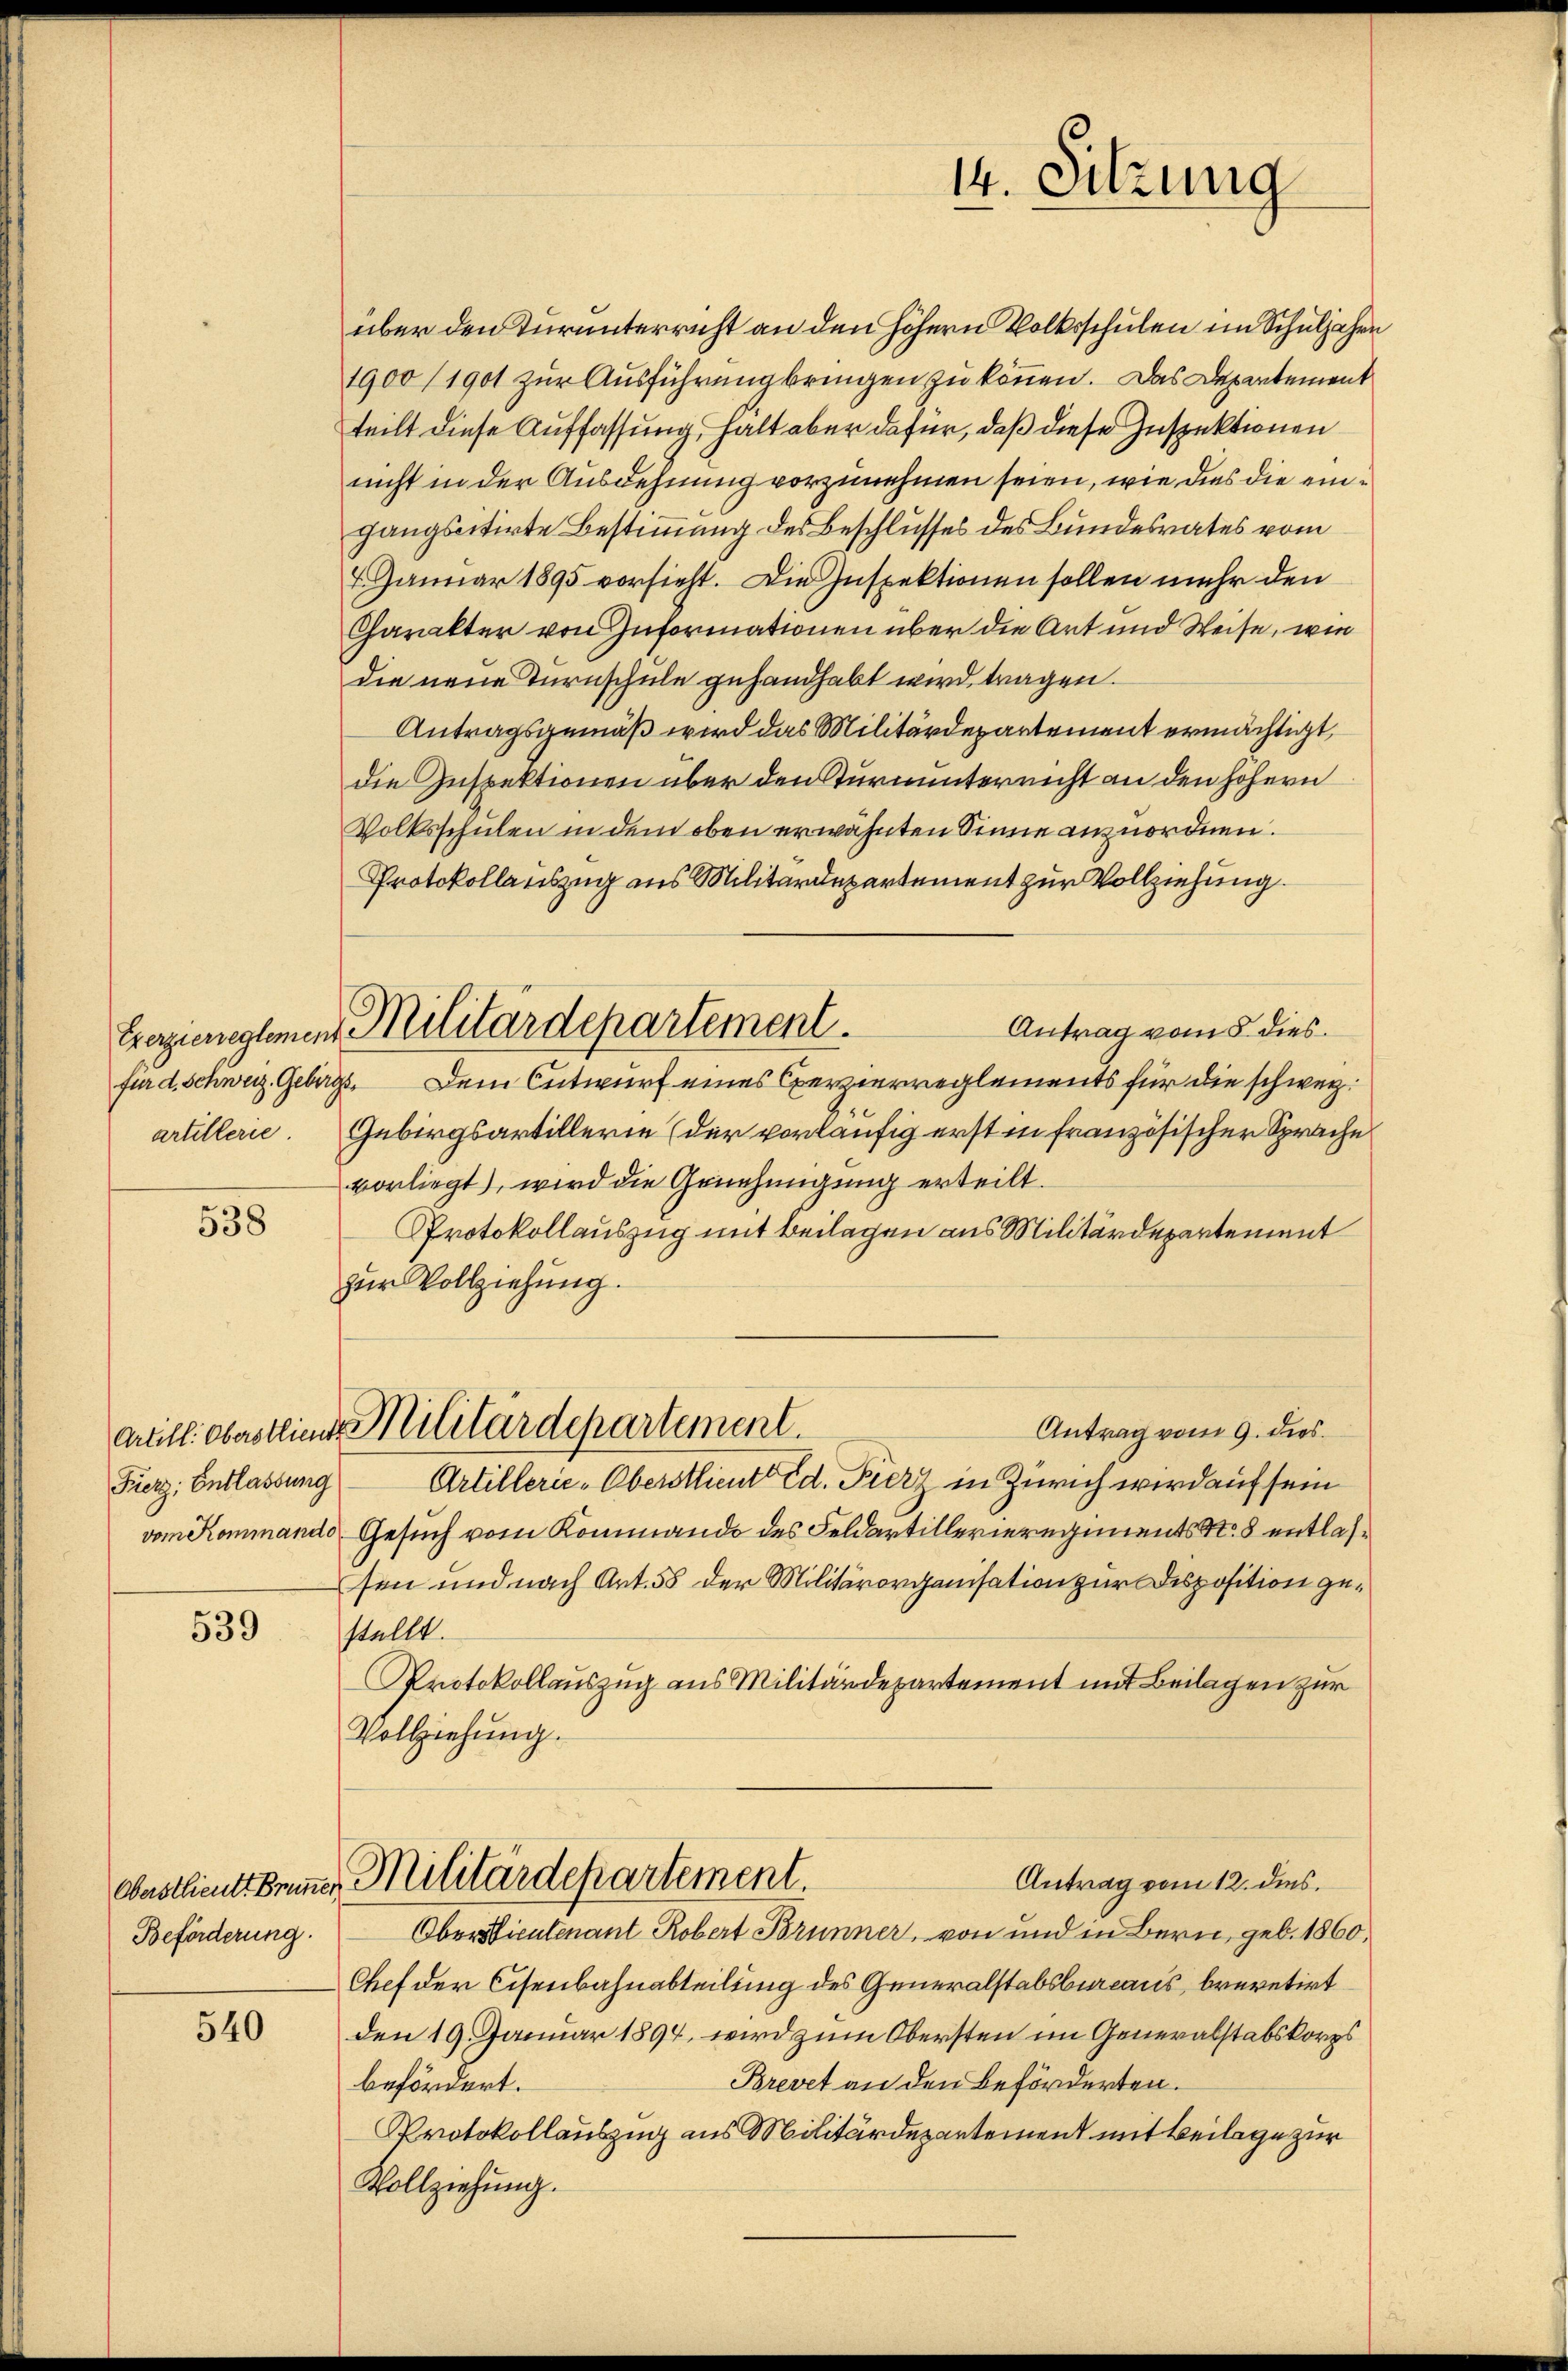
artillerie.

538

Fierz; Entlassung

539

Beförderung.

540

Eregieneglemen Militärdepartement.

über den Turunterricht an den höhern Volksschulen im Schuljahre
1900/1901 zur Ausführung bringen zu können. Das Departement
teilt diese Auffassung, halt aber dafür, daß diese Inspektionen
nicht in der Ausdehnung vorzunehmen seien, wie dies die eingangscitirte Bestimmung des Beschlusses des Bundesrates vom
7. Januar 1895 vorsieht. Die Inspektionen sollen mehr den
Charakter von Informationen über die Art und Weise, wie
die neue Turnschule gehandhabt wird tragen.
Antragsgemäß wird das Militärdepartement ermächtigt,
die Inspektionen über den Sturnunter nicht an den höhern
Volksschulen in dem oben erwähnten Sinne anzuordnen.
Protokollauszug aus Militärdepartement zur Vollziehung.
Antrag vom 5 dies
für d. Schweiz. Gebirgs. Dem Entwurf eines Exerzierreglements für die schweiz.
Gebirgsartillerie (der vorläufig erst in französischer Sprache
vorliegt, wird die Genehmigung erteilt.
Protokollauszug mit Beilagen aus Militärdepartement
zur Vollziehung.
Antrag vom 9. dies
Artill. Oberstlinge Militärdepartement
Artillerie-Oberstlieute Ed. Fierz in Zürich wird auf sein
vom Rommando Gesuch vom Kommando des Feldartillerieregiments N. 8 entlassen und nach Art. 58 der Militärorganisation zur Disposition gestellt.
Protokollauszug aus Militärdepartement mit Beilagen zur
Vollziehung.
Antrag vom 12. dies
Oastlieutt keiner Militärdepartement
Oberdientenant Robert Brunner, von und in Bern, geb. 1860,
Chef der Eisenbahnabteilung des Generalstabsbureaus, brevetirt
den 19. Januar 1894, wird zum Obersten im Generalstabskorps
Brevet an den Beförderten.
befördert.
Protokollauszug aus Militärdepartement mit Beilage zur
Vollziehung.

14. Sitzung